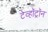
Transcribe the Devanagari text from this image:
टेव्हॉट्रॉन